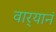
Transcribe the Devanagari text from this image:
वार्‍यानं